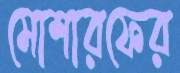
মোশারফের